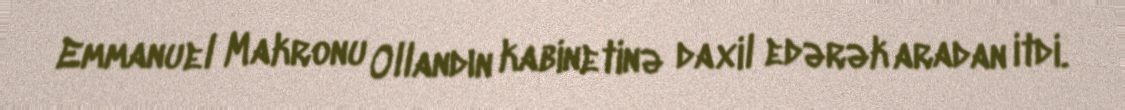
Emmanuel Makronu Ollandın kabinetinə daxil edərək aradan itdi.